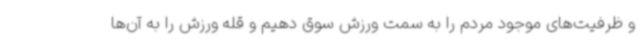
و ظرفیت‌های موجود مردم را به سمت ورزش سوق دهیم و قله ورزش را به آن‌ها